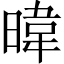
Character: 暐